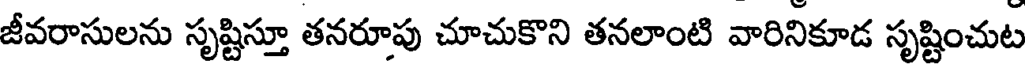
జీవరాసులను సృష్టిస్తూ తనరూపు చూచుకొని తనలాంటి వారినికూడ సృష్టించుట